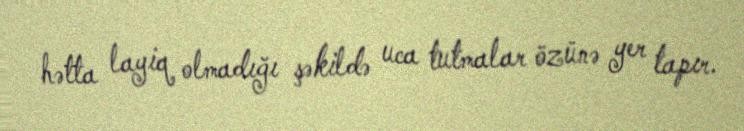
hətta layiq olmadığı şəkildə uca tutmalar özünə yer tapır.